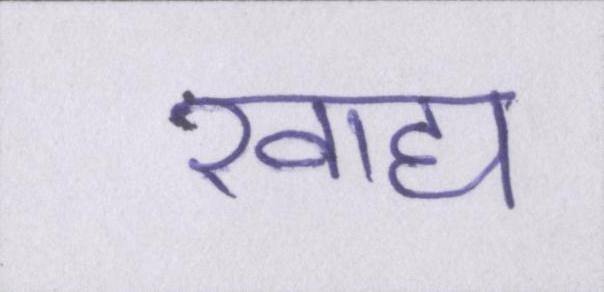
खाद्य